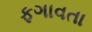
ફગાવતા